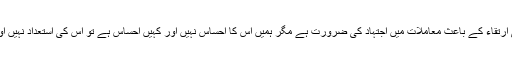
ہمیں اسلام کے اصول حرکت اور تمدنی ارتقاء کے باعث معاملات میں اجتہاد کی ضرورت ہے مگر ہمیں اس کا احساس نہیں اور کہیں احساس ہے تو اس کی استعداد نہیں اور اگر کہیں استعداد ہے تو اخلاص نہیں۔